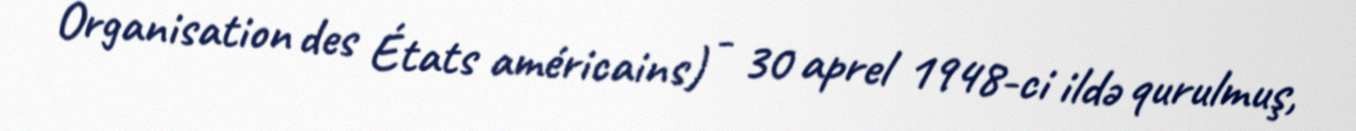
Organisation des États américains) - 30 aprel 1948-ci ildə qurulmuş,